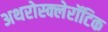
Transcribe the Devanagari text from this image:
अथरोस्क्लेरॉटिक